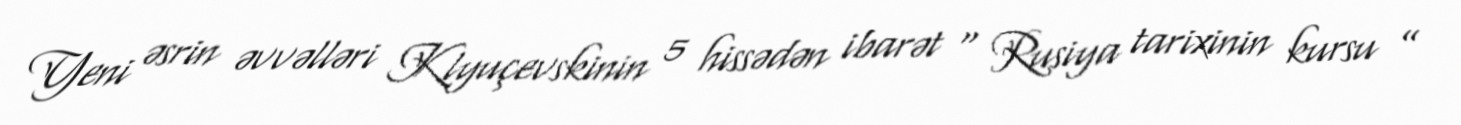
Yeni əsrin əvvəlləri Klyuçevskinin 5 hissədən ibarət “ Rusiya tarixinin kursu ”